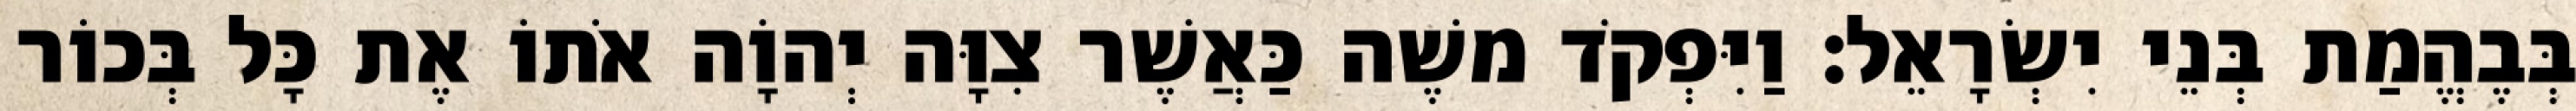
בְּבֶהֱמַת בְּנֵי יִשְׂרָאֵל׃ וַיִּפְקֹד משֶׁה כַּאֲשֶׁר צִוָּה יְהוָֹה אֹתוֹ אֶת כָּל בְּכוֹר